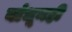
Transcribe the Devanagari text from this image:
बांधूनही